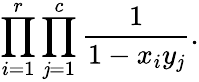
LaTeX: \prod_{i=1}^{r}\prod_{\mathit{j}=1}^{c}{\frac{{1}}{{1-x_{i}y_{\mathit{j}}}}}.